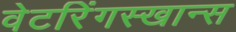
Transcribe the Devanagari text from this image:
वेटरिंगस्खान्स